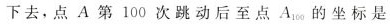
下去，点A第100次跳动后至点A_{100}的坐标是